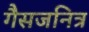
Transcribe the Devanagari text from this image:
गैसजनित्र